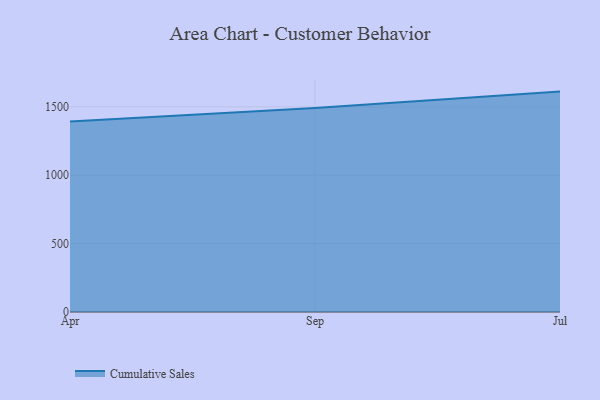
{"axis": {"x": "Month", "y": "Operating Costs (USD K)"}, "legend": ["Cumulative Sales"], "data": [{"x": "Apr", "y": 1392.6, "type": "Cumulative Sales"}, {"x": "Sep", "y": 1492.2, "type": "Cumulative Sales"}, {"x": "Jul", "y": 1611.7, "type": "Cumulative Sales"}]}